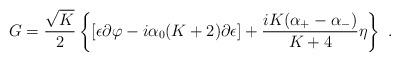
LaTeX: \begin{align*} G={\sqrt{K}\over2} \left\{[\epsilon\partial\varphi-i{\alpha_0}(K+2)\partial{\epsilon}] +{iK({{\alpha}_+}-{{\alpha}_-})\over{K+4}}\eta\right\}{}~.\end{align*}